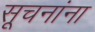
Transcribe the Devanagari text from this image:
सूचनांना